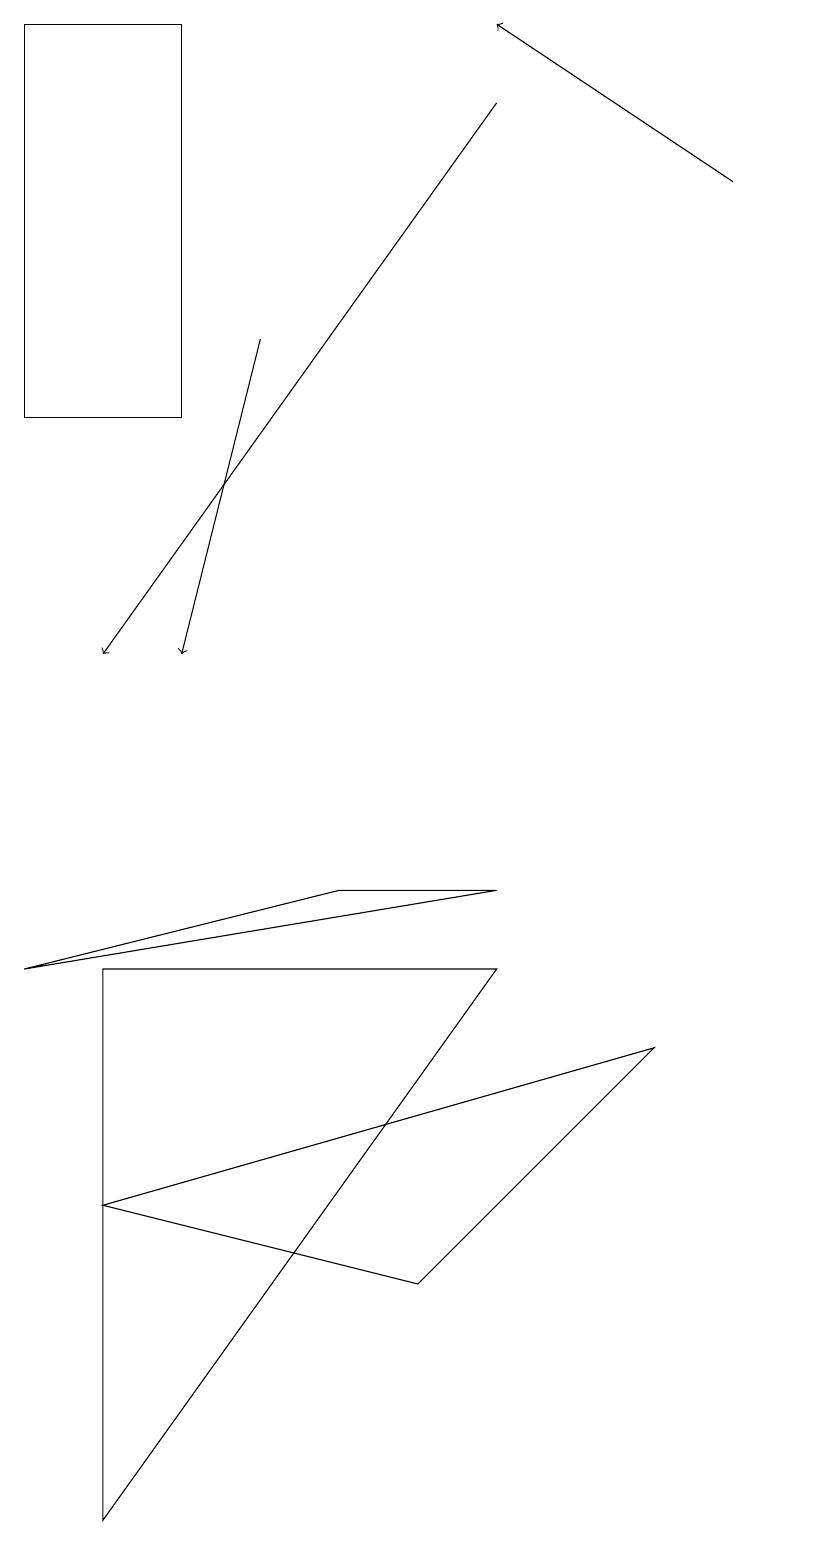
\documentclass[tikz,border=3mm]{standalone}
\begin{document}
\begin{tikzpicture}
\draw (4,8) -- (0,7) -- (6,8) -- cycle;
\draw[->] (9,17) -- (6,19);
\draw[->] (3,15) -- (2,11);
\draw (10,10) circle (0);
\draw (5,3) -- (1,4) -- (8,6) -- cycle;
\draw (1,7) -- (6,7) -- (1,0) -- cycle;
\draw (0,19) rectangle (2,14);
\draw[->] (6,18) -- (1,11);
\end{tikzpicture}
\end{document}